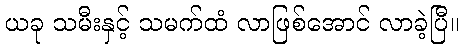
ယခု သမီးနှင့် သမက်ထံ လာဖြစ်အောင် လာခဲ့ပြီ။